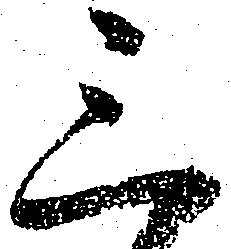
三